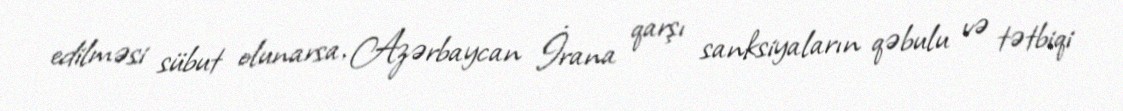
edilməsi sübut olunarsa, Azərbaycan İrana qarşı sanksiyaların qəbulu və tətbiqi